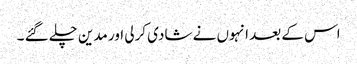
اس کے بعد انہوں نے شادی کرلی اور مدین چلے گئے ۔